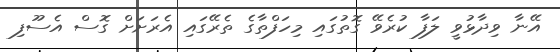
އޭނާ ވިދާޅުވީ ލަފާ ކުރެވޭ ގޮތުގައި މިހަފްތާގެ ތެރޭގައި އެރަށަށް ގޮސް އެސޫފި